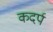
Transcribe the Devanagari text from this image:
कदर्प